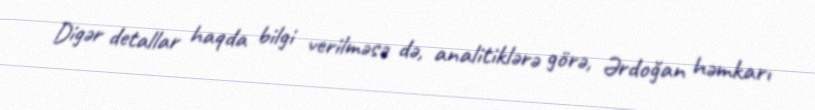
Digər detallar haqda bilgi verilməsə də, analitiklərə görə, Ərdoğan həmkarı